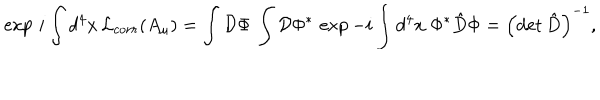
\exp \, i \int d ^ { 4 } x \, { \cal L } _ { c o r r } ( A _ { \mu } ) = \int { \cal D } \Phi \, \int { \cal D } \Phi ^ { * } \, \exp - i \int d ^ { 4 } x \; \Phi ^ { * } { \hat { D } } \Phi = \left( \mathrm { d e t } \, { \hat { D } } \right) ^ { - 1 } ,